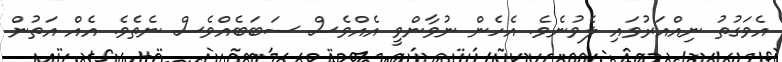
އެވަގުތު ނިއްއަރުވައި ލެވުނެވެ. އެހެން ނުވާންވީ އެއްވެސް ސަބަބެއްވެސް ނެތެވެ. އެއް އަތުން